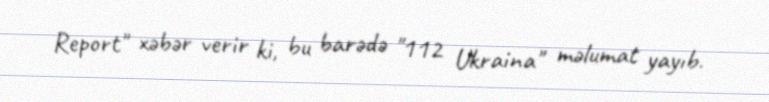
Report" xəbər verir ki, bu barədə "112 Ukraina" məlumat yayıb.